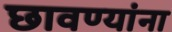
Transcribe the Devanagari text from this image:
छावण्यांना